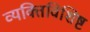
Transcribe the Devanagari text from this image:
व्यक्तिविशिष्ट